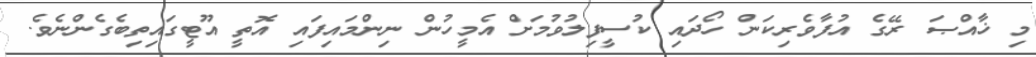
މި ޚާއްޞަ ރޭގެ އުފާވެރިކަން ހޯދައި ކުސީފިލުވުމަށް އެމީހުން ނިންމައިފައި އޮތީ އޫޓީގައިތިބެގެންނެވެ.